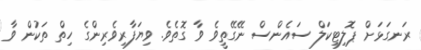
ރަނގަޅަށް ޕޮލިޓިކަލް ސައެންސް ނޭގޭތީވެ ވާ ގޮތެވެ. ވިޔަފާރިވެރިންގެ ހިތް ތަކުން ވާ